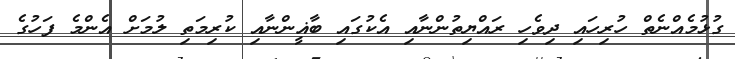
ގުޅުމެއްނެތް ހުރިހައި ދިވެހި ރައްޔިތުންނާއި އެކުގައި ބާޣީންނާއި ކުރިމަތި ލުމަށް އެންމެ ފަހުގެ